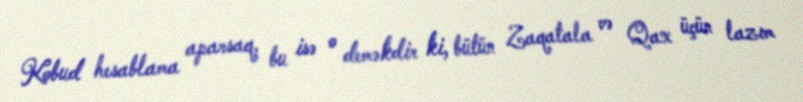
Kobud hesablama aparsaq, bu isə o deməkdir ki, bütün Zaqatala və Qax üçün lazım